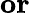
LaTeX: \mathbf{or}